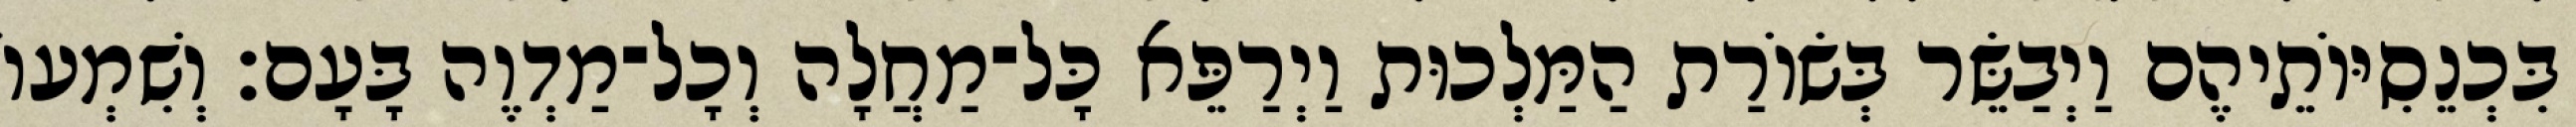
בִּכְנֵסִיּוֹתֵיהֶם וַיְבַשֵּׂר בְּשׂוֹרַת הַמַּלְכוּת וַיְרַפֵּא כָּל־מַחֲלָה וְכָל־מַדְוֶה בָּעָם׃ וְשִׁמְעוֹ